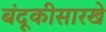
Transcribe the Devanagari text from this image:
बंदूकीसारखे